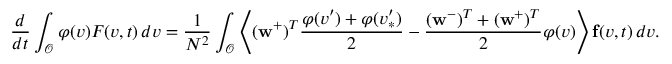
\frac { d } { d t } \int _ { \mathcal { O } } \varphi ( v ) F ( v , t ) \, d v = \frac { 1 } { N ^ { 2 } } \int _ { \mathcal { O } } \left\langle ( \mathbf { w } ^ { + } ) ^ { T } \frac { \varphi ( v ^ { \prime } ) + \varphi ( v _ { \ast } ^ { \prime } ) } { 2 } - \frac { ( \mathbf { w } ^ { - } ) ^ { T } + ( \mathbf { w } ^ { + } ) ^ { T } } { 2 } \varphi ( v ) \right\rangle \mathbf { f } ( v , t ) \, d v .